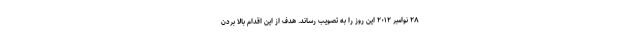
۲۸ نوامبر ۲۰۱۲ این روز را به تصویب رساند. هدف از این اقدام بالا بردن